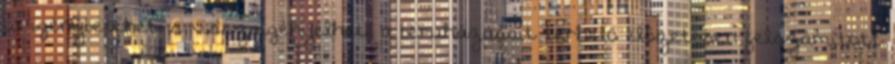
is igénybevehet, s visszaigényelheti a beruházásait terhelő előzetesen felszámított